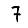
Digit: 7